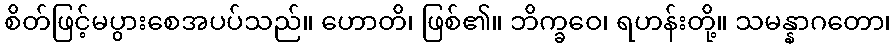
စိတ်ဖြင့်မပွားစေအပပ်သည်။ ဟောတိ၊ ဖြစ်၏။ ဘိက္ခဝေ၊ ရဟန်းတို့။ သမန္နာဂတော၊